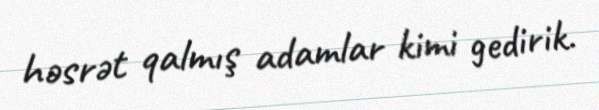
həsrət qalmış adamlar kimi gedirik.